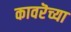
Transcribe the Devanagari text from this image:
कावरॆच्या